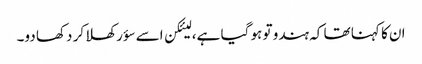
ان کا کہنا تھا کہ ہندو تو ہو گیا ہے، لیئکن اسے سؤر کھلا کر دکھا دو۔